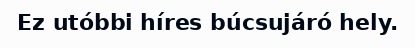
Ez utóbbi híres búcsujáró hely.